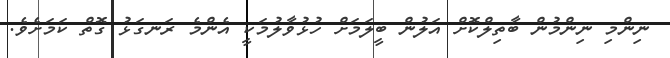
ނިންމި ނިންމުން ބާތިލްކޮށް އަލުން ބީލަމަށް ހުޅުވާލުމަކީ އެންމެ ރަނގަޅު ގޮތް ކަމަށެވެ.